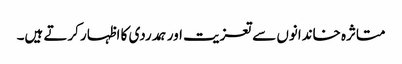
متاثرہ خاندانوں سےتعزیت اور ہمدردی کا اظہار کرتے ہیں۔